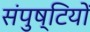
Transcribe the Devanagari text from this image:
संपुष्टियों